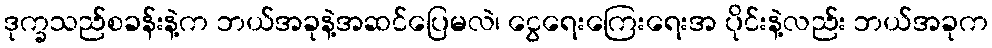
ဒုက္ခသည်စခန်းနဲ့က ဘယ်အခုနဲ့အဆင်ပြေမလဲ၊ ငွေရေးကြေးရေးအ ပိုင်းနဲ့လည်း ဘယ်အခုက